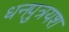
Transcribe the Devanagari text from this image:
धनपुत्रयश